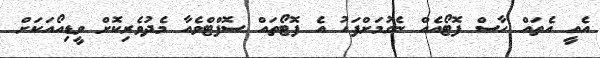
އެއީ އެތައް ހާސް ފޮޓޯއެއް ނެގުމަށްފަހު އެ ފޮޓޯތައް ސޮފްޓްވެއާ މެދުވެރިކޮށް ވީޑިއޯއަކަށް